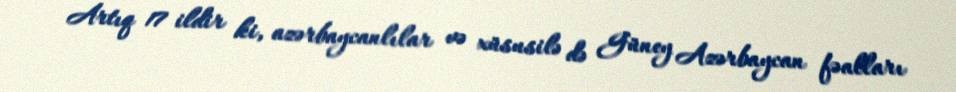
Artıq 17 ildir ki, azərbaycanlılar və xüsusilə də Güney Azərbaycan fəalları